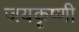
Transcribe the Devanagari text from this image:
जयकृष्णी